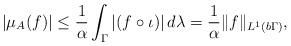
LaTeX: \begin{align*}|\mu_A(f)| \leq \frac{1}{\alpha} \int_\Gamma |(f \circ \iota)| \, d\lambda = \frac{1}{\alpha} \|f\|_{L^1(b\Gamma)},\end{align*}